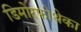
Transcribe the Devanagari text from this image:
डिमोरफोथेका